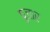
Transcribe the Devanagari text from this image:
पुजार